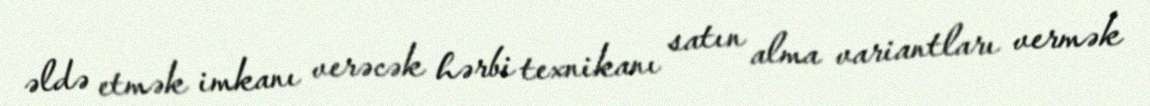
əldə etmək imkanı verəcək hərbi texnikanı satın alma variantları vermək